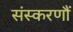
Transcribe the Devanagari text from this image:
संस्करणौं